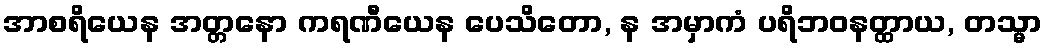
အာစရိယေန အတ္တနော ကရဏီယေန ပေသိတော, န အမှာကံ ပရိဘဝနတ္ထာယ, တသ္မာ